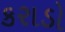
કરાડો